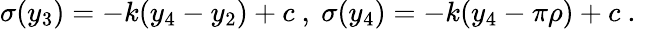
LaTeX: \sigma(y_{3})=-k(y_{4}-y_{2})+c~,~\sigma(y_{4})=-k(y_{4}-\pi\rho)+c~.~\,